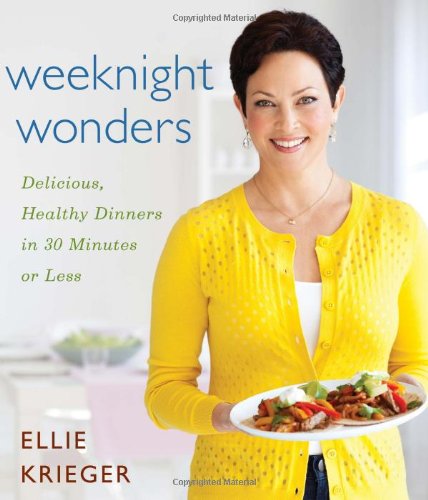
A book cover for Weeknight Wonders: Delicious, Healthy Dinners in 30 Minutes or Less; Ellie Krieger; Cookbooks, Food & Wine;